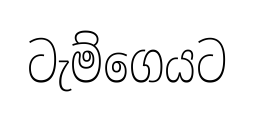
ටැම්ගෙයට